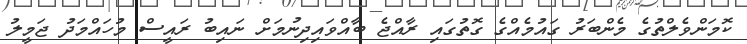
ކޮމަންވެލްތުގެ މެންބަރު ގައުމެއްގެ ގޮތުގައި ރާއްޖެ ބާއްވައިދިނުމަށް ނައިބު ރައީސް މުހައްމަދު ޖަމީލު